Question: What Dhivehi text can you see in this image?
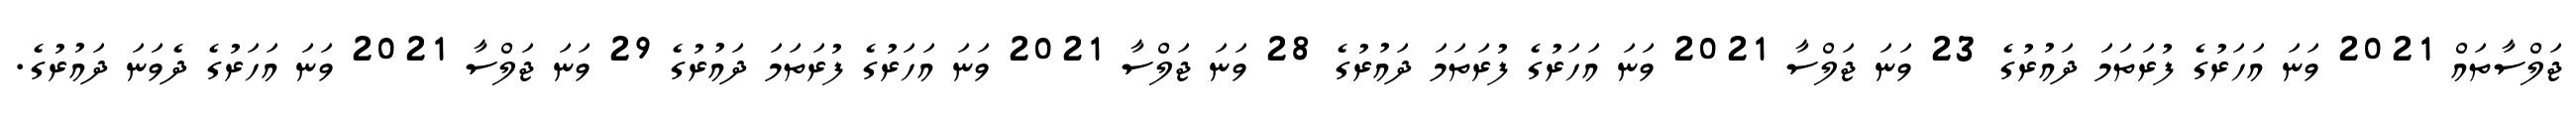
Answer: ޖަލްސާތައް 2021 ވަނަ އަހަރުގެ ފުރަތަމަ ދައުރުގެ 23 ވަނަ ޖަލްސާ 2021 ވަނަ އަހަރުގެ ފުރަތަމަ ދައުރުގެ 28 ވަނަ ޖަލްސާ 2021 ވަނަ އަހަރުގެ ފުރަތަމަ ދައުރުގެ 29 ވަނަ ޖަލްސާ 2021 ވަނަ އަހަރުގެ ދެވަނަ ދައުރުގެ.